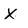
Character: X